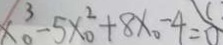
x _ { 0 } ^ { 3 } - 5 x _ { 0 } ^ { 2 } + 8 x _ { 0 } - 4 = 0